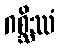
ဂစ္ဆိဿံ